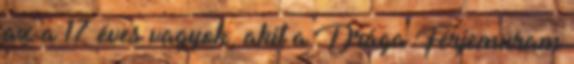
az a 17 éves vagyok, akit a Drága Férjemuram